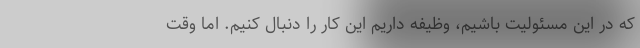
که در این مسئولیت باشیم، وظیفه داریم این کار را دنبال کنیم. اما وقت